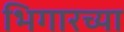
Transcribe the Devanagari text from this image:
भिगारच्या